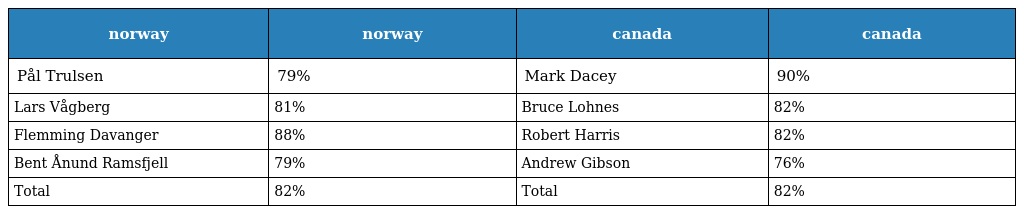
| norway | norway | canada | canada |
 | --- | --- | --- | --- |
 | Pål Trulsen | 79% | Mark Dacey | 90% |
 | Lars Vågberg | 81% | Bruce Lohnes | 82% |
 | Flemming Davanger | 88% | Robert Harris | 82% |
 | Bent Ånund Ramsfjell | 79% | Andrew Gibson | 76% |
 | Total | 82% | Total | 82% |